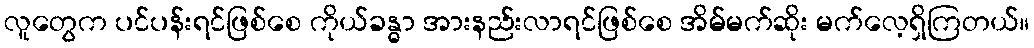
လူတွေက ပင်ပန်းရင်ဖြစ်စေ ကိုယ်ခန္ဓာ အားနည်းလာရင်ဖြစ်စေ အိမ်မက်ဆိုး မက်လေ့ရှိကြတယ်။